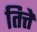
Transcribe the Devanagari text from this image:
तित्ते